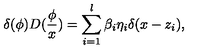
\delta ( \phi ) D ( \frac \phi x ) = \sum _ { i = 1 } ^ { l } \beta _ { i } \eta _ { i } \delta ( x - z _ { i } ) ,